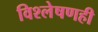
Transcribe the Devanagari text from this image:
विश्लेषणही